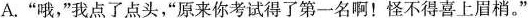
A.”哦，”我点了点头，”原来你考试得了第一名啊！怪不得喜上眉梢。”